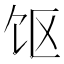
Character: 𱃲